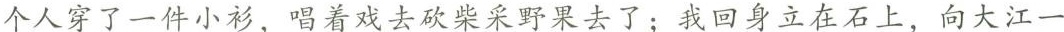
个人穿了一件小衫唱着戏去砍柴采野果去了。我回身立在石上，向大江一